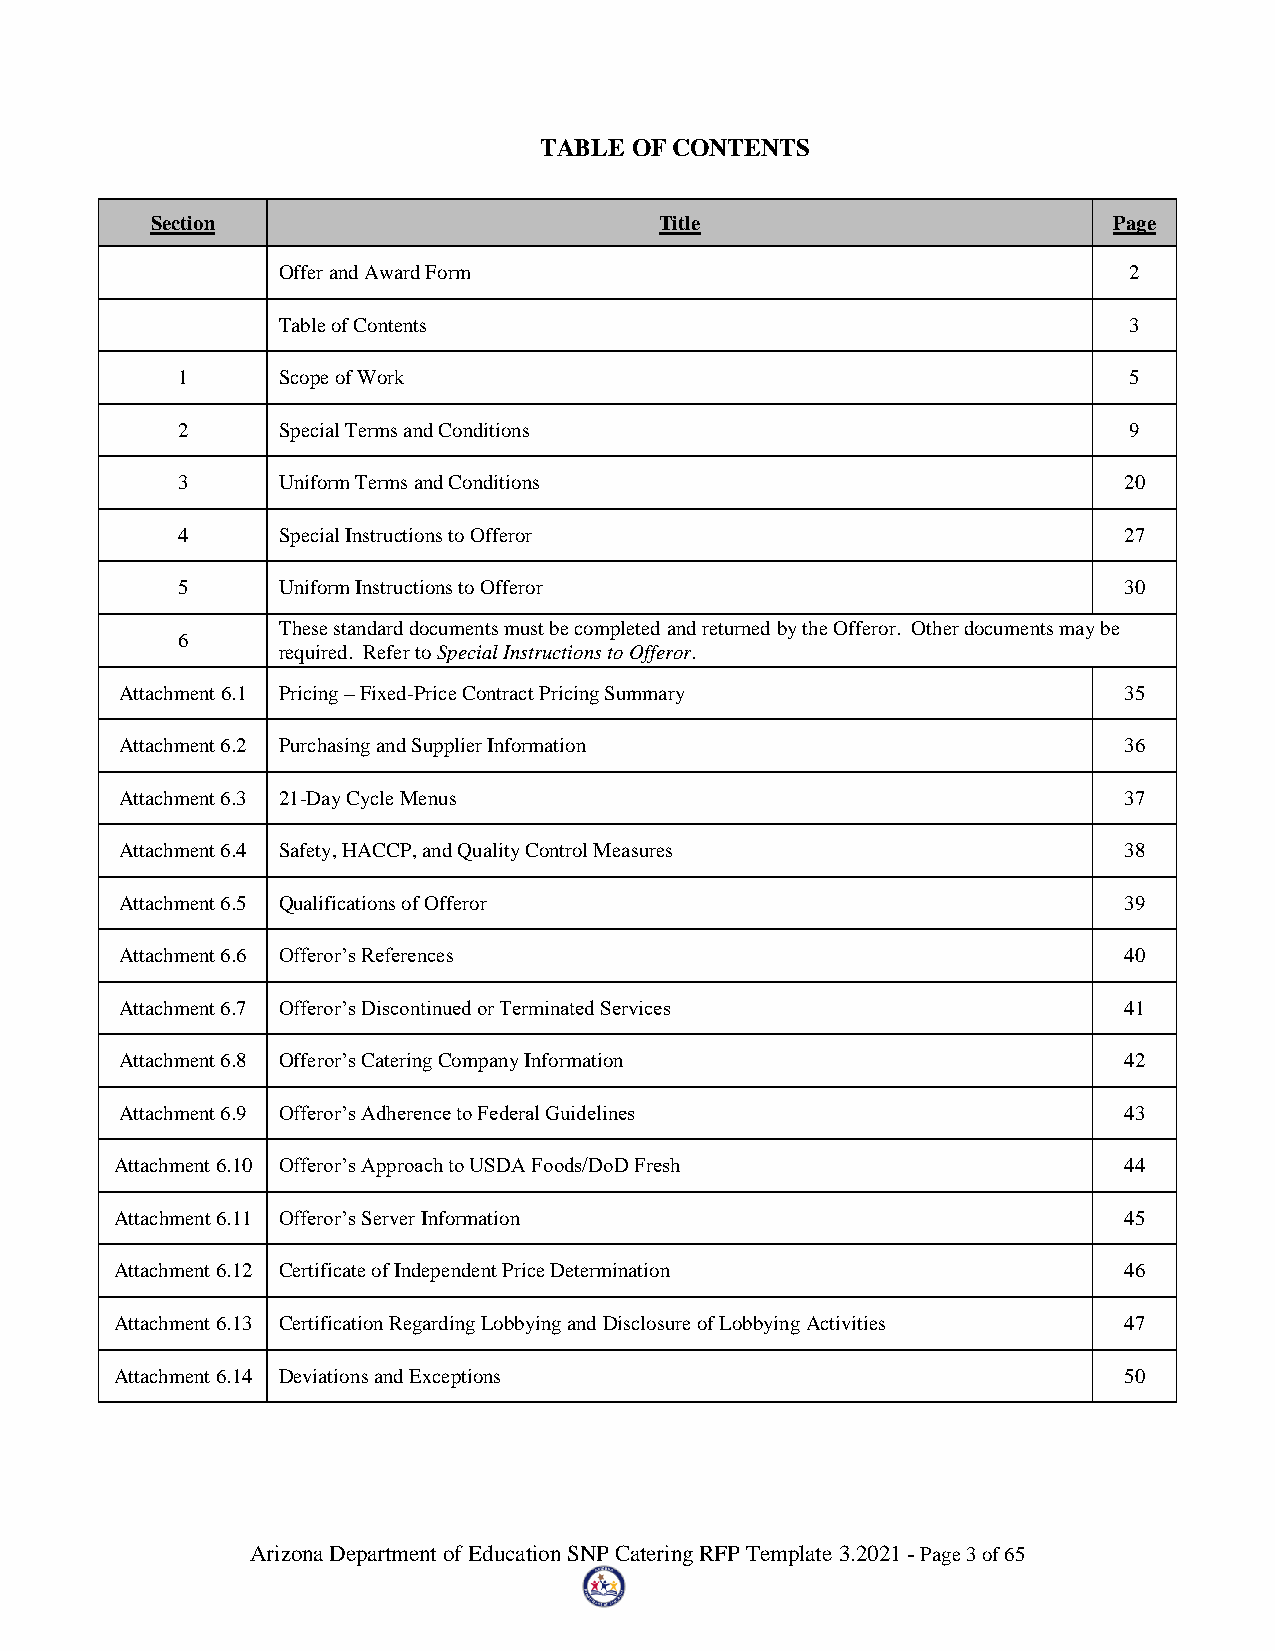
TABLE OF CONTENTS
 Section                           Title                         Page
 Offer and Award Form                                     2
 Table of Contents                                        3
 1     Scope of Work                                            5
 2     Special Terms and Conditions                             9
 3     Uniform Terms and Conditions                            20
 4     Special Instructions to Offeror                         27
 5     Uniform Instructions to Offeror                         30
 These standard documents must be completed and returned by the Offeror. Other documents may be
 6
 required. Refer to Special Instructions to Offeror.
 Attachment 6.1 Pricing – Fixed-Price Contract Pricing Summary     35
 Attachment 6.2 Purchasing and Supplier Information                36
 Attachment 6.3 21-Day Cycle Menus                                 37
 Attachment 6.4 Safety, HACCP, and Quality Control Measures        38
 Attachment 6.5 Qualifications of Offeror                          39
 Attachment 6.6 Offeror’s References                               40
 Attachment 6.7 Offeror’s Discontinued or Terminated Services      41
 Attachment 6.8 Offeror’s Catering Company Information             42
 Attachment 6.9 Offeror’s Adherence to Federal Guidelines          43
 Attachment 6.10 Offeror’s Approach to USDA Foods/DoD Fresh        44
 Attachment 6.11 Offeror’s Server Information                      45
 Attachment 6.12 Certificate of Independent Price Determination    46
 Attachment 6.13 Certification Regarding Lobbying and Disclosure of Lobbying Activities 47
 Attachment 6.14 Deviations and Exceptions                         50
 Arizona Department of Education SNP Catering RFP Template 3.2021 - Page 3 of 65